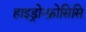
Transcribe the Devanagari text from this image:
हाइड्रोन्फ्रोसिसि